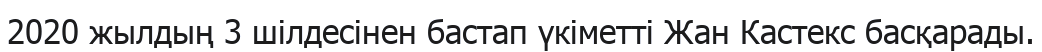
2020 жылдың 3 шілдесінен бастап үкіметті Жан Кастекс басқарады.